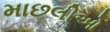
માછલીઓ